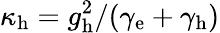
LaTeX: \kappa_{\mathrm{h}}=g_{\mathrm{h}}^{2}/(\gamma_{\mathrm{e}}+\gamma_{\mathrm{h}})